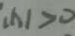
( x ) > 0